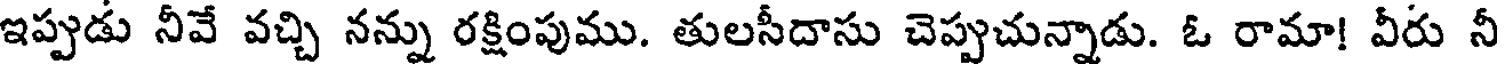
ఇప్పుడు నీవే వచ్చి నన్ను రక్షింపుము. తులసీదాసు చెప్పుచున్నాడు. ఓ రామా! వీరు నీ